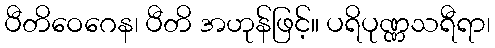
ပီတိဝေဂေန၊ ပီတိ အဟုန်ဖြင့်။ ပရိပုဏ္ဏသရီရာ၊